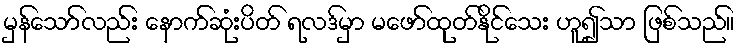
မှန်သော်လည်း နောက်ဆုံးပိတ် ရလဒ်မှာ မဖော်ထုတ်နိုင်သေး ဟူ၍သာ ဖြစ်သည်။